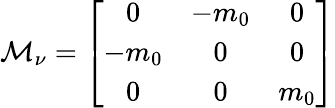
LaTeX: {\cal M}_{\nu}=\left[\begin{array}{ccc}{{0}}&{{-m_{0}}}&{{0}}\\ {{-m_{0}}}&{{0}}&{{0}}\\ {{0}}&{{0}}&{{m_{0}}}\end{array}\right]